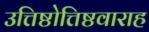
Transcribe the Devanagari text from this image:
उत्तिष्ठोत्तिष्ठवाराह